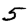
Digit: 5